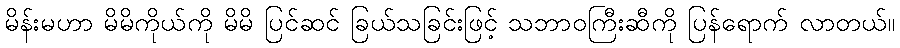
မိန်းမဟာ မိမိကိုယ်ကို မိမိ ပြင်ဆင် ခြယ်သခြင်းဖြင့် သဘာဝကြီးဆီကို ပြန်ရောက် လာတယ်။